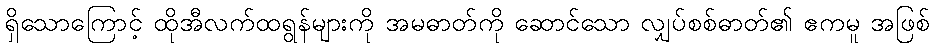
ရှိသောကြောင့် ထိုအီလက်ထရွန်များကို အမဓာတ်ကို ဆောင်သော လျှပ်စစ်ဓာတ်၏ ဧကမူ အဖြစ်